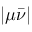
\lvert \mu \bar { \nu } \rvert